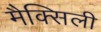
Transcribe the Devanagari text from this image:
मैक्सिली